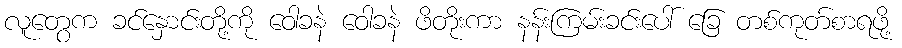
လူတွေက ခင်နှောင်းတို့ကို ဝေါခနဲ ဝေါခနဲ ဖိတိုးကာ နန်းကြမ်းခင်းပေါ် ခြေ တစ်ကုတ်စာရဖို့